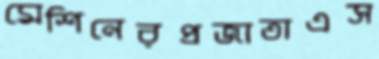
মেশিনেরপ্রজাতাএস